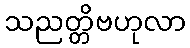
သညတ္တိဗဟုလာ